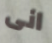
انى